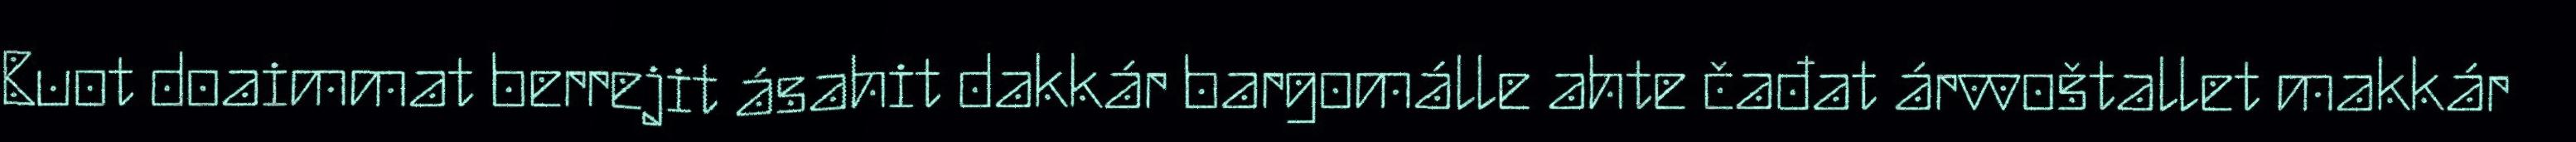
Buot doaimmat berrejit ásahit dakkár bargomálle ahte čađat árvvoštallet makkár